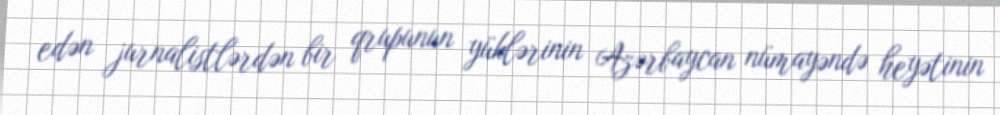
edən jurnalistlərdən bir qrupunun yüklərinin Azərbaycan nümayəndə heyətinin